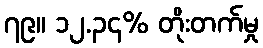
၇၉။ ၁၂.၃၄% တိုးတက်မှု